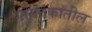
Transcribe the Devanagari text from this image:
गोमंतकांतील